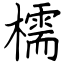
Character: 檽